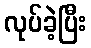
လုပ်ခဲ့ပြီး